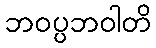
ဘဝပ္ပဘဝါတိ